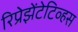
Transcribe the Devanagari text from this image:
रिप्रेझेंटेटिव्हस